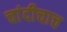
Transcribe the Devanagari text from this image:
चांदीचाच